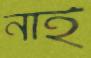
নাই